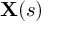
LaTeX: \mathbf { X } ( s )